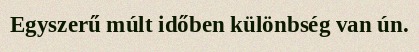
Egyszerű múlt időben különbség van ún.